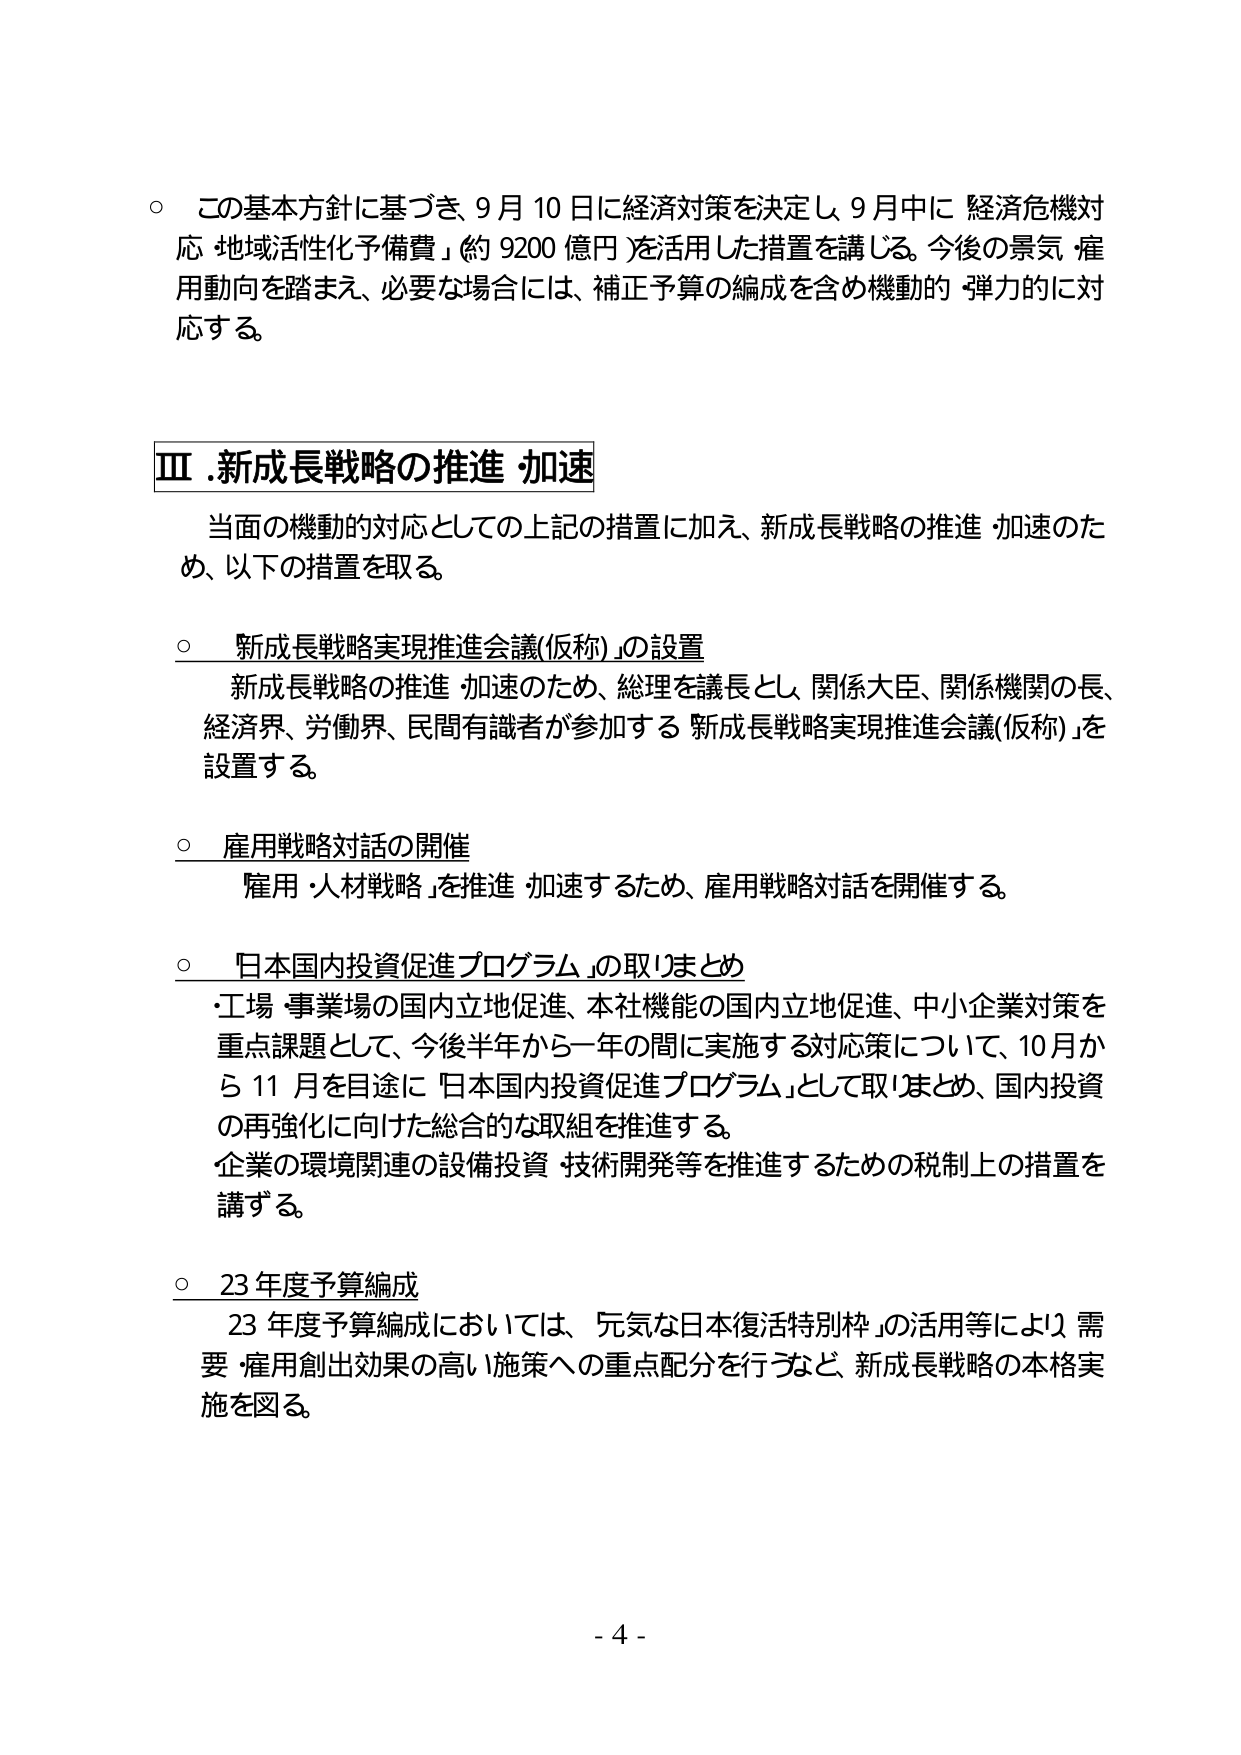
○ この基本方針に基づき、9月10日に経済対策を決定し、9月中に「経済危機対応・地域活性化予備費」（約9200億円）を活用した措置を講じる。今後の景気・雇用動向を踏まえ、必要な場合には、補正予算の編成を含め機動的・弾力的に対応する。

Ⅲ．新成長戦略の推進・加速

　当面の機動的対応としての上記の措置に加え、新成長戦略の推進・加速のため、以下の措置を取る。

○ 新成長戦略実現推進会議（仮称）の設置

　新成長戦略の推進・加速のため、総理を議長とし、関係大臣、関係機関の長、経済界、労働界、民間有識者が参加する「新成長戦略実現推進会議（仮称）」を設置する。

○ 雇用戦略対話の開催

　「雇用・人材戦略」を推進・加速するため、雇用戦略対話を開催する。

○ 「日本国内投資促進プログラム」の取りまとめ

　・工場・事業場の国内立地促進、本社機能の国内立地促進、中小企業対策を重点課題として、今後半年から一年の間に実施する対応策について、10月から11月を目途に「日本国内投資促進プログラム」として取りまとめ、国内投資の再強化に向けた総合的な取組を推進する。

　企業の環境関連の設備投資・技術開発等を推進するための税制上の措置を講ずる。

○ 23年度予算編成

　23年度予算編成においては、「元気な日本復活特別枠」の活用等により、需要・雇用創出効果の高い施策への重点配分を行うなど、新成長戦略の本格実施を図る。

- 4 -